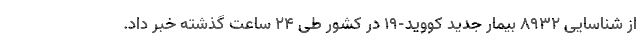
از شناسایی ۸۹۳۲ بیمار جدید کووید-۱۹ در کشور طی ۲۴ ساعت گذشته خبر داد.